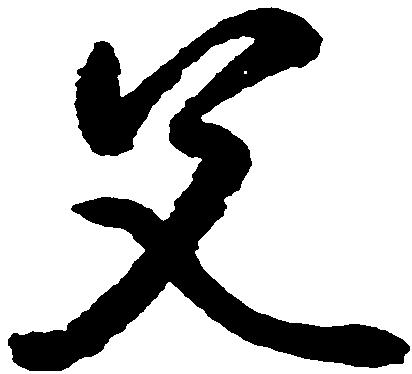
父